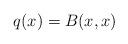
LaTeX: \begin{align*} q(x) =B(x,x) \end{align*}